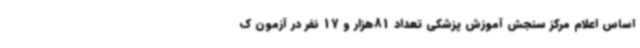
اساس اعلام مرکز سنجش آموزش پزشکی تعداد 81هزار و 17 نفر در آزمون ک